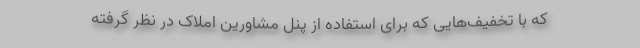
که با تخفیف‌هایی که برای استفاده از پنل مشاورین املاک در نظر گرفته